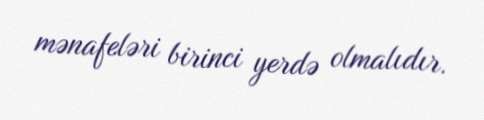
mənafeləri birinci yerdə olmalıdır.